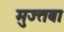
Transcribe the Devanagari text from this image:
मुज्तबा